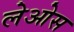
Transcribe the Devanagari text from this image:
लेओस